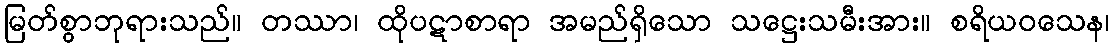
မြတ်စွာဘုရားသည်။ တဿာ၊ ထိုပဋာစာရာ အမည်ရှိသော သဋ္ဌေးသမီးအား။ စရိယဝသေန၊